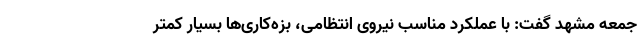
جمعه مشهد گفت: با عملکرد مناسب نیروی انتظامی، بزه‌کاری‌ها بسیار کمتر